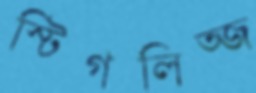
স্টিগলিত্জ